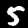
Label: 5